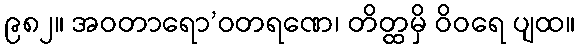
၉၈၂။ အဝတာရော’ဝတရဏေ၊ တိတ္ထမှိ ဝိဝရေ ပျထ။